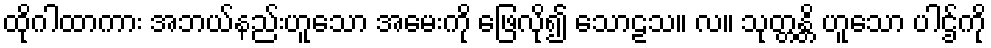
ထိုဂါထာကား အဘယ်နည်းဟူသော အမေးကို ဖြေလို၍ သောဠသ။ လ။ သုတ္တန္တိ ဟူသော ပါဌ်ကို